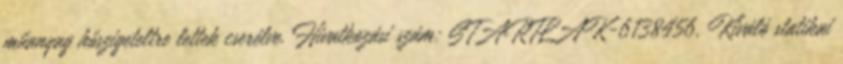
műanyag hőszigeteltre lettek cserélve. Hivatkozási szám: STARTLAK-6138456. Kiváló statikai